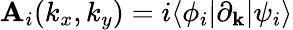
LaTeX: \mathbf{A}_{i}(k_{x},k_{y})=i\langle\phi_{i}|\partial_{\mathbf{k}}|\psi_{i}\rangle